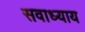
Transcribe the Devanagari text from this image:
सवाध्याय